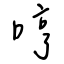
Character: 哼